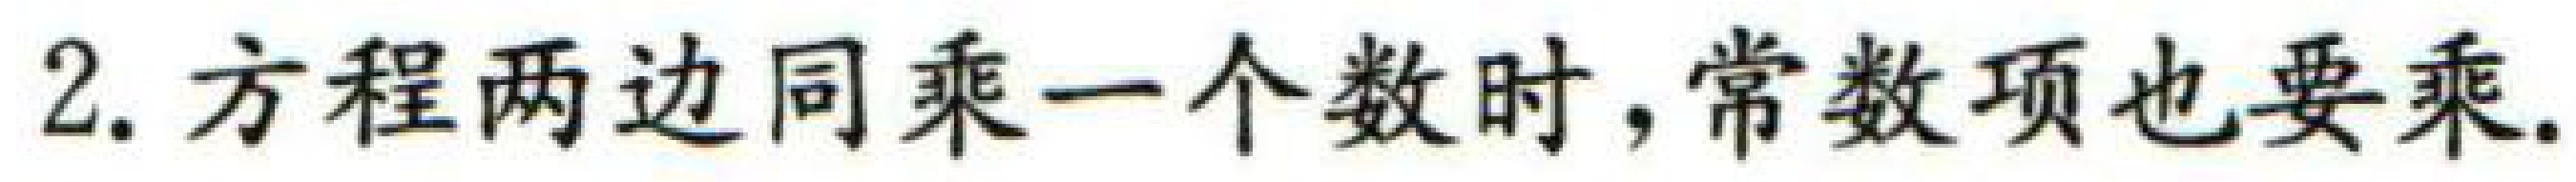
2. 方程两边同乘一个数时,常数项也要乘.